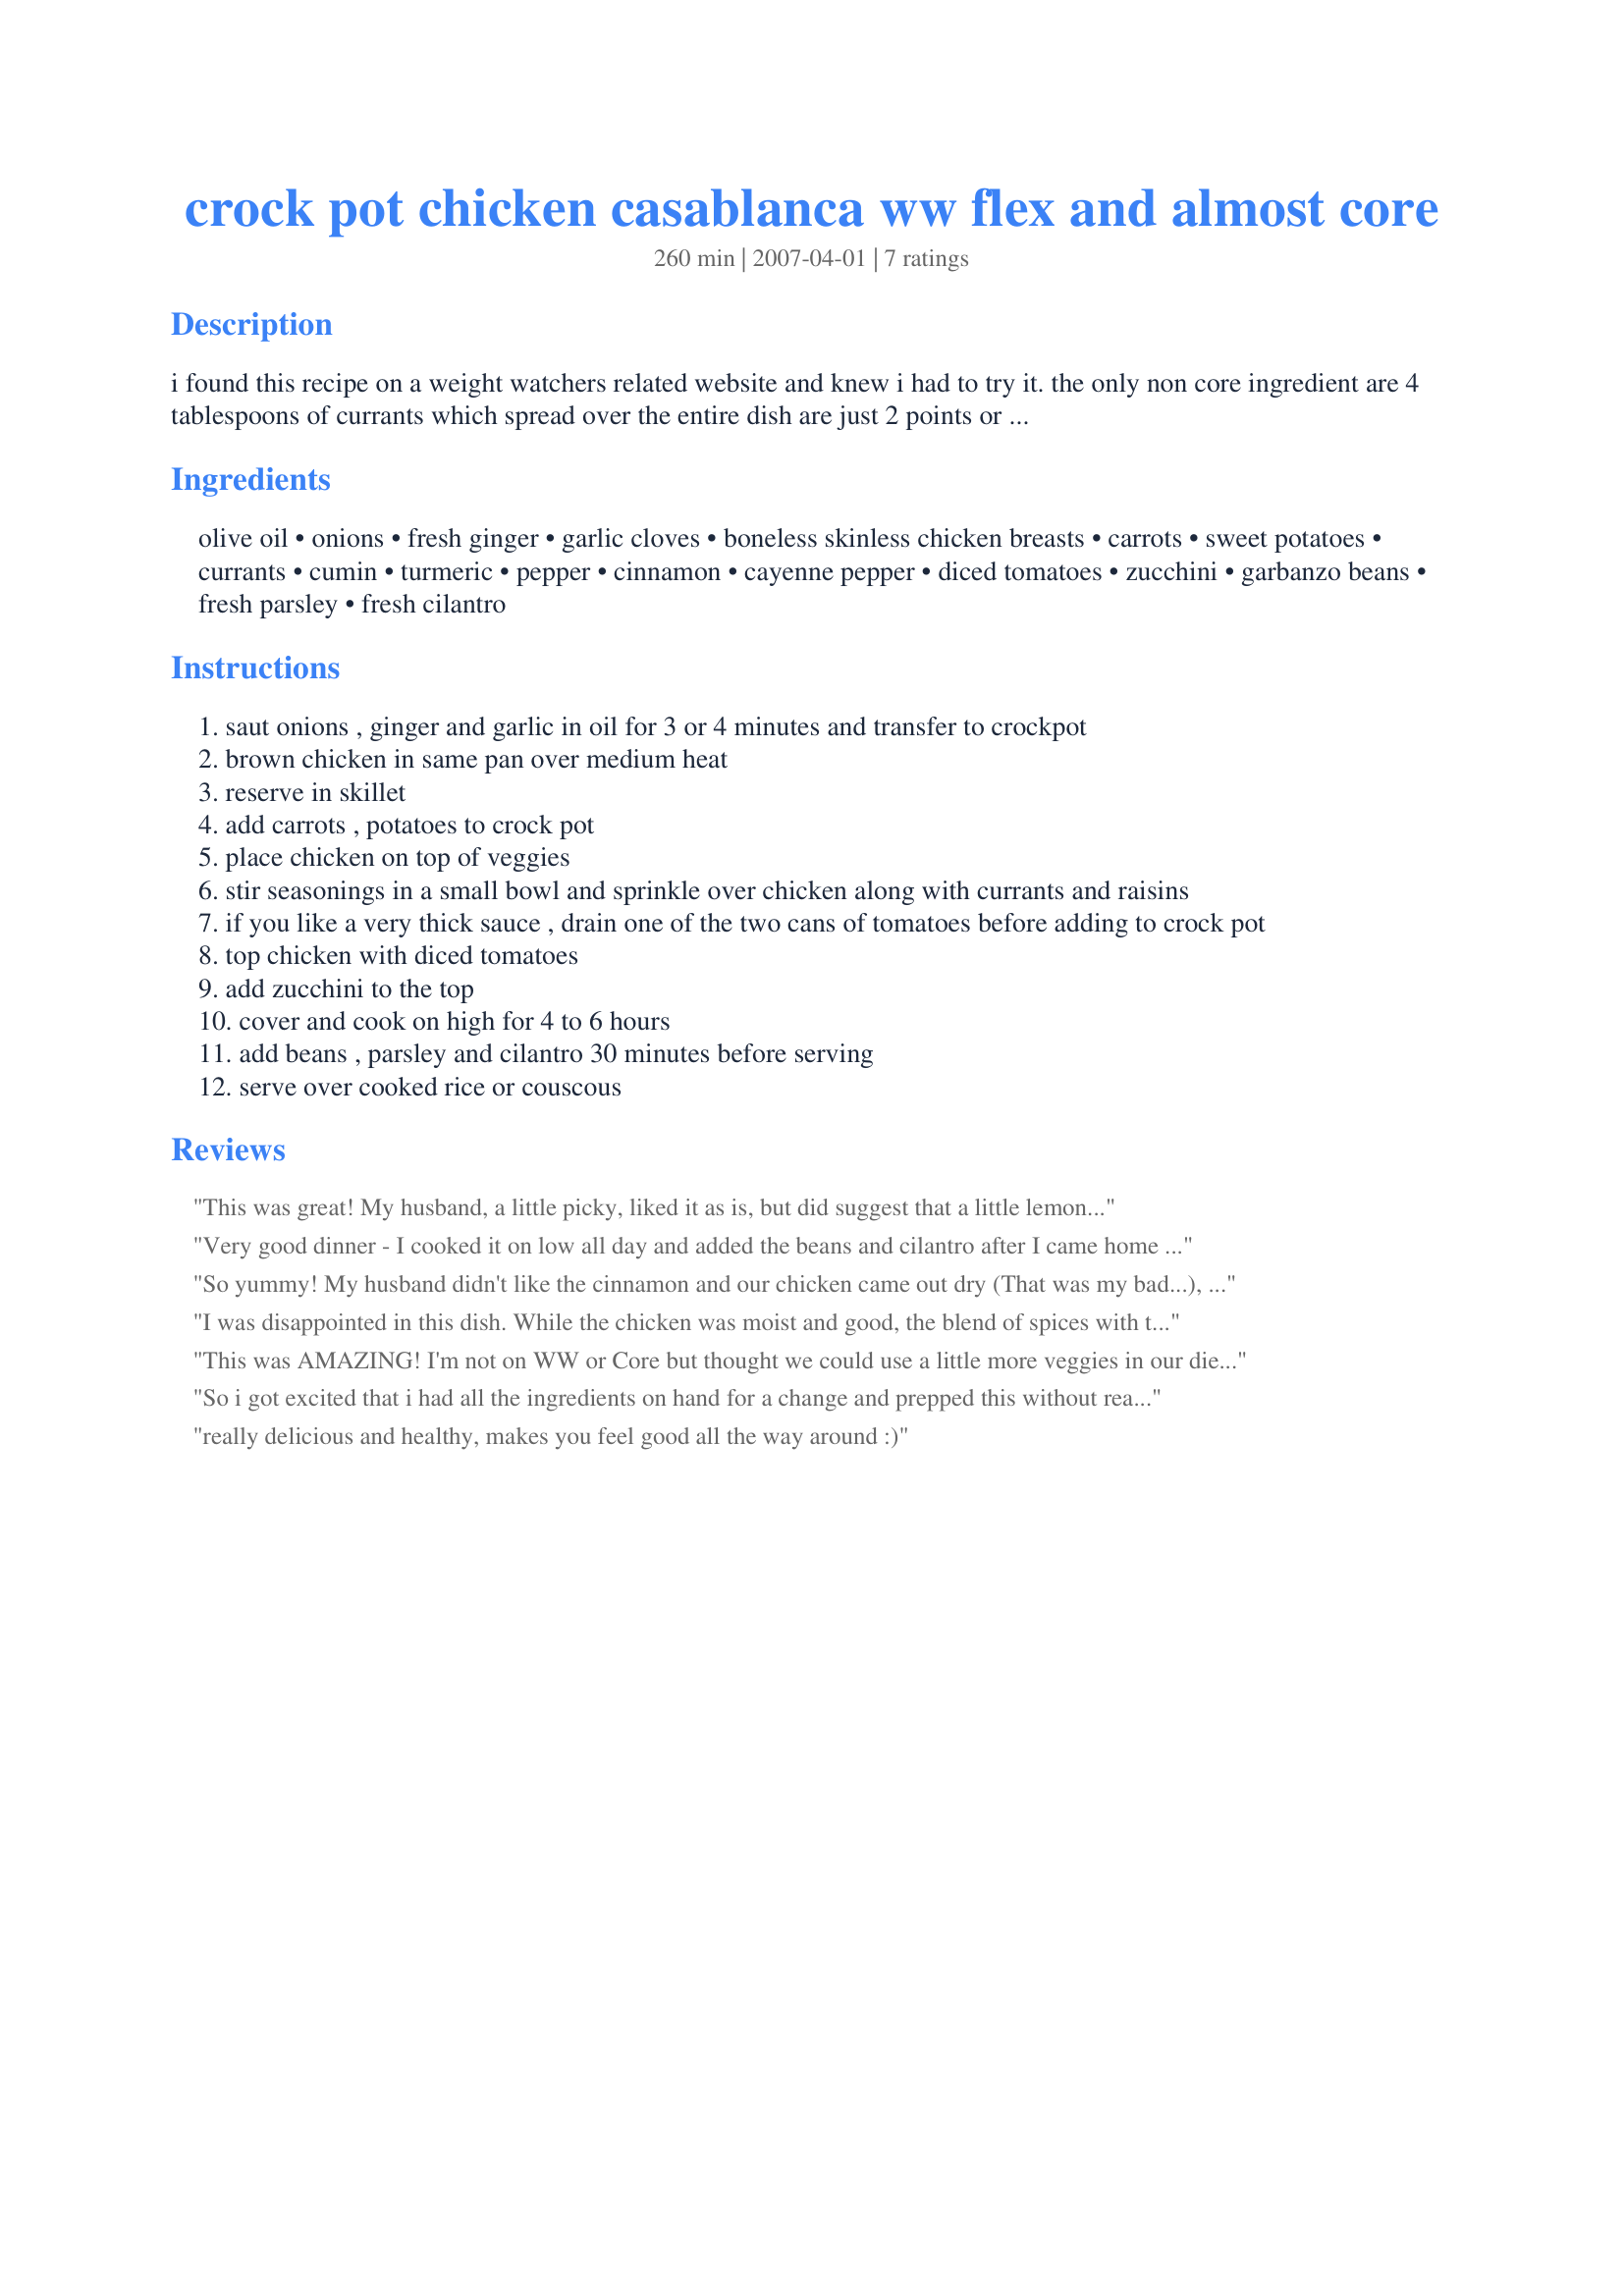
crock pot chicken casablanca ww flex and almost core
Preparation time: 260 minutes

i found this recipe on a weight watchers related website and knew i had to try it. the only non core ingredient are 4 tablespoons of currants which spread over the entire dish are just 2 points or 1/2 point per serving. for flex this is 7 points per serving.

Ingredients:
olive oil, onions, fresh ginger, garlic cloves, boneless skinless chicken breasts, carrots, sweet potatoes, currants, cumin, turmeric, pepper, cinnamon, cayenne pepper, diced tomatoes, zucchini, garbanzo beans, fresh parsley, fresh cilantro

Steps:
saut onions , ginger and garlic in oil for 3 or 4 minutes and transfer to crockpot
brown chicken in same pan over medium heat
reserve in skillet
add carrots , potatoes to crock pot
place chicken on top of veggies
stir seasonings in a small bowl and sprinkle over chicken along with currants and raisins
if you like a very thick sauce , drain one of the two cans of tomatoes before adding to crock pot
top chicken with diced tomatoes
add zucchini to the top
cover and cook on high for 4 to 6 hours
add beans , parsley and cilantro 30 minutes before serving
serve over cooked rice or couscous

Reviews:
This was great! My husband, a little picky, liked it as is, but did suggest that a little lemon juice might be good. A definite winner in my house!
Very good dinner - I cooked it on low all day and added the beans and cilantro after I came home from work. Very easy to make on a busy day! Thanks for sharing!
So yummy! My husband didn't like the cinnamon and our chicken came out dry (That was my bad...), but I loved it! I love tons of veggies in my crockpot dinners. Thanks so much for this recipe! I'll absolutley make it again. (With less cinn to appease the hubby! ;0) ) THANK YOU!! Love, Meg
I was disappointed in this dish. While the chicken was moist and good, the blend of spices with the vegetables made the rest of it lack a coherent taste.
This was AMAZING! I'm not on WW or Core but thought we could use a little more veggies in our diet. I never was a fan of sweet potatoes or cooked carrots before but this dish changed my mind! I simply couldn't get enough :) the only change I made was subbing the turmeric for saffron. I served this with olive oil and garlic couscous. YUM!
So i got excited that i had all the ingredients on hand for a change and prepped this without realizing the crockpot part. ha! So for those without one also, here is a useful tip I found....

&quot;A recipe needing 4-6 hours on HIGH in the crock will need about 90 minutes+ in the oven.&quot;
really delicious and healthy, makes you feel good all the way around :)
